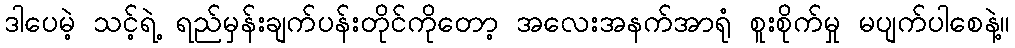
ဒါပေမဲ့ သင့်ရဲ့ ရည်မှန်းချက်ပန်းတိုင်ကိုတော့ အလေးအနက်အာရုံ စူးစိုက်မှု မပျက်ပါစေနဲ့။